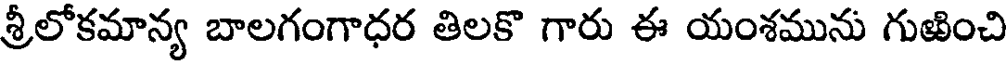
శ్రీలోకమాన్య బాలగంగాధర తిలకొ గారు ఈ యంశమును గుజించి